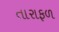
તારાફળ